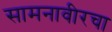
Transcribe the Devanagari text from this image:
सामनावीरचा